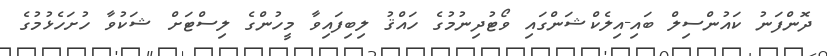
ދޮންފަނު ކައުންސިލް ބައި-އިލެކްޝަންގައި ވޯޓުދިނުމުގެ ހައްޤު ލިބިފައިވާ މީހުންގެ ލިސްޓަށް ޝަކުވާ ހުށަހެޅުމުގެ